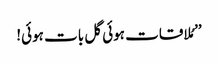
’’مُلاقات ہوئی گل بات ہوئی!